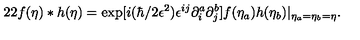
2 2 f ( { \bf \eta } ) * h ( { \bf \eta } ) = \exp [ i ( \hbar / 2 \epsilon ^ { 2 } ) \epsilon ^ { i j } \partial _ { i } ^ { a } \partial _ { j } ^ { b } ] f ( { \bf \eta } _ { a } ) h ( { \bf \eta } _ { b } ) | _ { { \bf \eta } _ { a } = { \bf \eta } _ { b } = { \bf \eta } } .